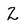
Character: Z